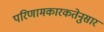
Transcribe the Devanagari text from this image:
परिणामकारकतेनुसार